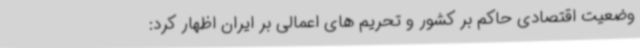
وضعیت اقتصادی حاکم بر کشور و تحریم های اعمالی بر ایران اظهار کرد: